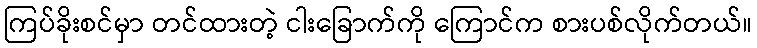
ကြပ်ခိုးစင်မှာ တင်ထားတဲ့ ငါးခြောက်ကို ကြောင်က စားပစ်လိုက်တယ်။